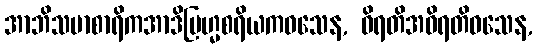
အာဘိသမာစာရိကအာဒိဗြဟ္မစရိယကဝသေန, ဝိရတိအဝိရတိဝသေန,